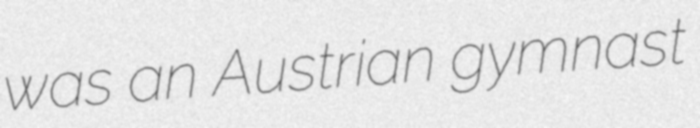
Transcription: was an Austrian gymnast